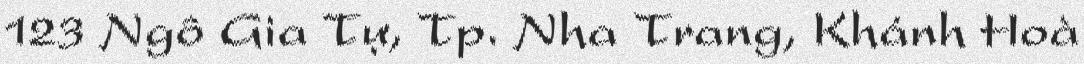
123 Ngô Gia Tự, Tp. Nha Trang, Khánh Hoà